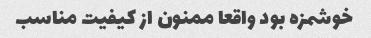
خوشمزه بود واقعا ممنون از کیفیت مناسب